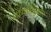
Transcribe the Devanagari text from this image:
मागनिंनुसार